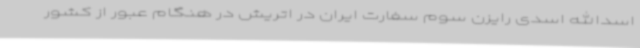
اسدالله اسدی رایزن سوم سفارت ایران در اتریش در هنگام عبور از کشور